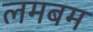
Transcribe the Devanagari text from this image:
लमबम